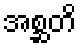
အစ္ဆတိ